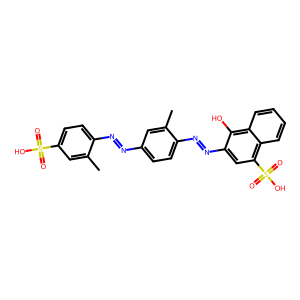
SMILES: Cc1cc(S(=O)(=O)O)ccc1N=Nc1ccc(N=Nc2cc(S(=O)(=O)O)c3ccccc3c2O)c(C)c1
Inhibits HIV replication: No